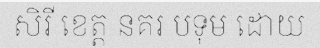
សិរី ខេត្ត នគរ បទុម ដោយ